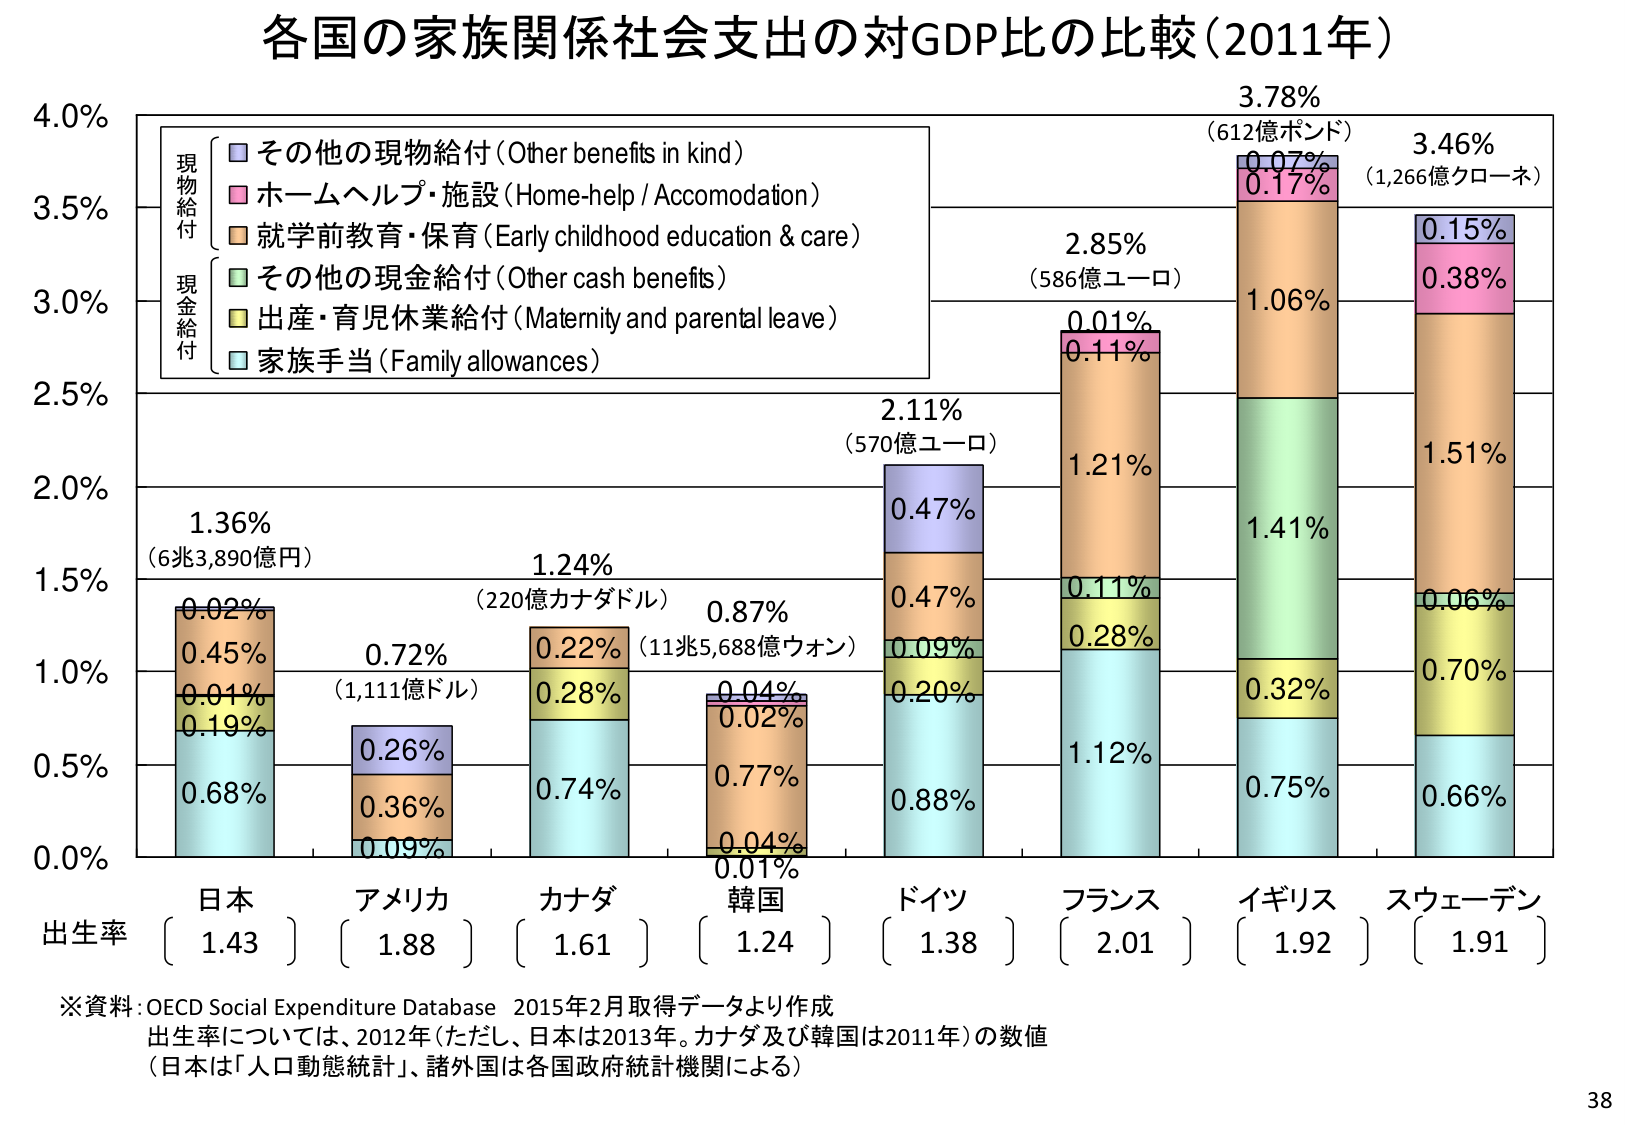
各国の家族関係社会支出の対GDP比の比較（2011年）

4.0%
3.5%
3.0%
2.5%
2.0%
1.5%
1.0%
0.5%
0.0%

現物給付
　■ その他の現物給付（Other benefits in kind）
　■ ホームヘルプ・施設（Home-help / Accomodation）
　■ 就学前教育・保育（Early childhood education & care）
現金給付
　■ その他の現金給付（Other cash benefits）
　■ 出産・育児休業給付（Maternity and parental leave）
　■ 家族手当（Family allowances）

日本
1.36%
（6兆3,890億円）
0.68%
0.19%
0.01%
0.45%
0.02%

アメリカ
0.72%
（1,111億ドル）
0.09%
0.36%
0.26%

カナダ
1.24%
（220億カナダドル）
0.74%
0.28%
0.22%

韓国
0.87%
（11兆5,688億ウォン）
0.01%
0.04%
0.77%
0.02%
0.04%

ドイツ
2.11%
（570億ユーロ）
0.88%
0.20%
0.09%
0.47%
0.47%

フランス
2.85%
（586億ユーロ）
1.12%
0.28%
0.11%
1.21%
0.11%
0.01%

イギリス
3.78%
（612億ポンド）
0.75%
0.32%
1.41%
1.06%
0.17%
0.07%

スウェーデン
3.46%
（1,266億クローネ）
0.66%
0.70%
0.06%
1.51%
0.38%
0.15%

出生率
　日本　1.43
　アメリカ　1.88
　カナダ　1.61
　韓国　1.24
　ドイツ　1.38
　フランス　2.01
　イギリス　1.92
　スウェーデン　1.91

※資料：OECD Social Expenditure Database 2015年2月取得データより作成
出生率については、2012年（ただし、日本は2013年。カナダ及び韓国は2011年）の数値
（日本は「人口動態統計」、諸外国は各国政府統計機関による）

38